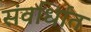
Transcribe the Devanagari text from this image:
संवर्धिात